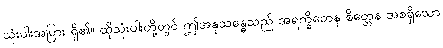
သုံးပါးအပြား ရှိ၏။ ထိုသုံးပါးတို့တွင် ဤအနုသန္ဓေသည် အရက္ခိတေန စိတ္တေန အစရှိသော